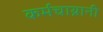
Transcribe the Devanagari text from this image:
कर्मचाय्रानी